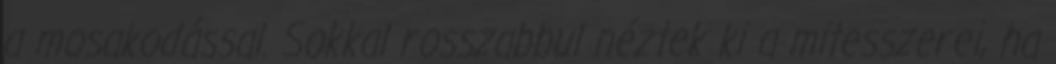
a mosakodással. Sokkal rosszabbul néztek ki a mitesszerei, ha